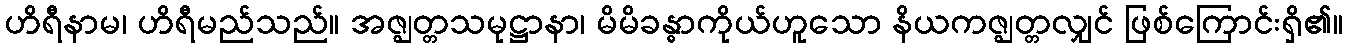
ဟိရီနာမ၊ ဟိရီမည်သည်။ အဇ္ဈတ္တသမုဋ္ဌာနာ၊ မိမိခန္ဓာကိုယ်ဟူသော နိယကဇ္ဈတ္တလျှင် ဖြစ်ကြောင်းရှိ၏။